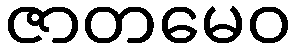
ဇာတမေဝ